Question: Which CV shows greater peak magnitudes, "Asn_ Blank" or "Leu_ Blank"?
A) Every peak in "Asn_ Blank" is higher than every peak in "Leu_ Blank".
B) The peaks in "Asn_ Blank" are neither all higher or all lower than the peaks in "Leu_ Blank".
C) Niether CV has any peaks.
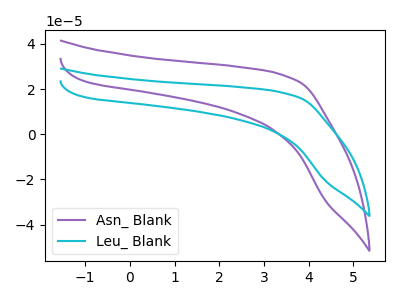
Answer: <think>The purple curve "Asn_ Blank" has no peaks. The cyan curve "Leu_ Blank" has no peaks.</think>
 <answer>C) Niether CV has any peaks.</answer>
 <eval>C</eval>